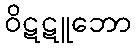
ဝိဋဋူဘော